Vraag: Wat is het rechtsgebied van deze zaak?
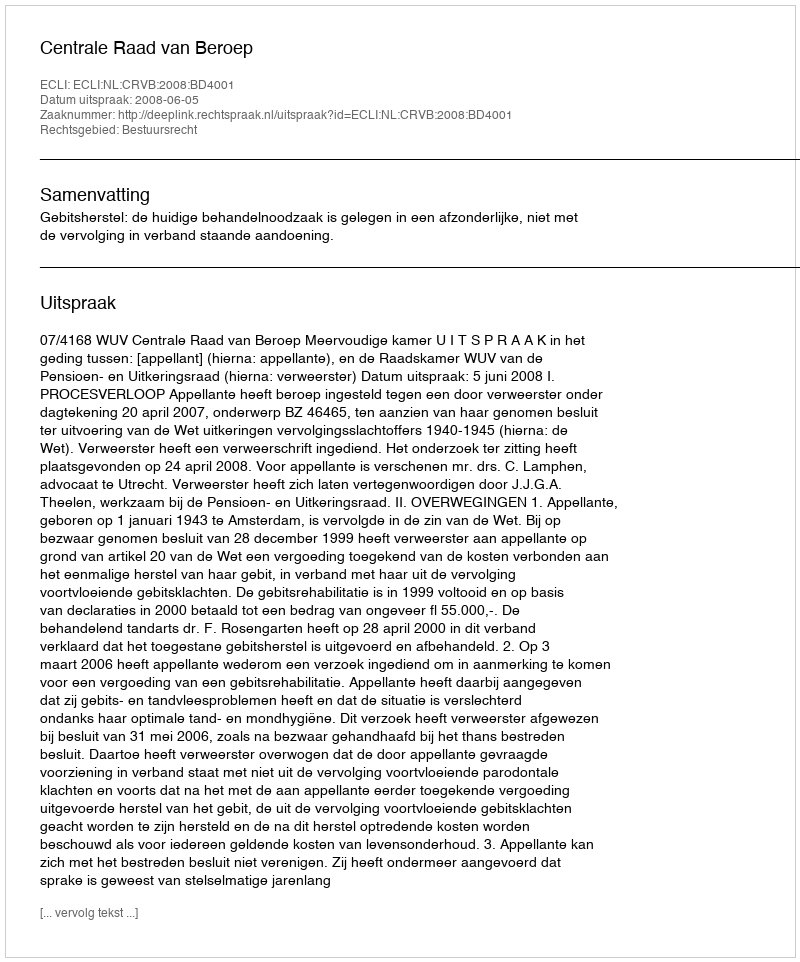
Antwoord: Bestuursrecht